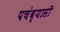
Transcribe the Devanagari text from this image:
पचंब्यासी